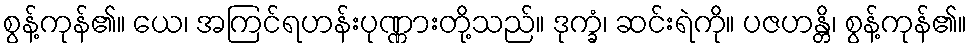
စွန့်ကုန်၏။ ယေ၊ အကြင်ရဟန်းပုဏ္ဏားတို့သည်။ ဒုက္ခံ၊ ဆင်းရဲကို။ ပဇဟန္တိ၊ စွန့်ကုန်၏။